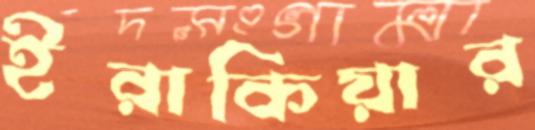
ইরাকিয়ার